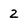
Character: 2